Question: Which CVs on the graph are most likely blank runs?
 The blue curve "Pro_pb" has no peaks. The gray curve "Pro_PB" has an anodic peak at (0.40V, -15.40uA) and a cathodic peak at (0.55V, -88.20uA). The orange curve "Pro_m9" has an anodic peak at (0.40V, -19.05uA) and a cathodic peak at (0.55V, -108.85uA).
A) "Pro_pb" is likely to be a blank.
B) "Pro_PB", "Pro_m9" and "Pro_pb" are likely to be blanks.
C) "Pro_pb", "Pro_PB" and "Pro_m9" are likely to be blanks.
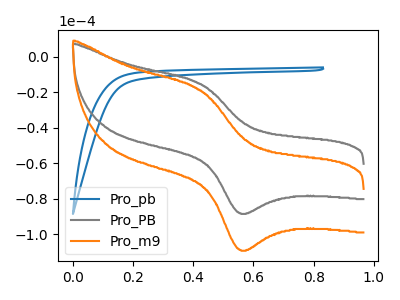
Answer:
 <answer>A) "Pro_pb" is likely to be a blank.</answer>
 <eval>A</eval>